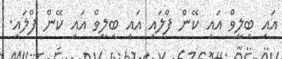
އައި ބިލީވް އައި ކޭން ފްލައި އައި ބިލީވް އައި ކޭން ފްލައި.